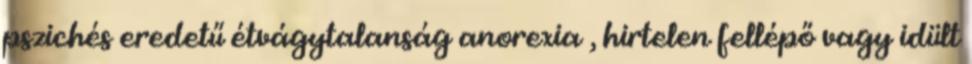
pszichés eredetű étvágytalanság anorexia , hirtelen fellépő vagy idült